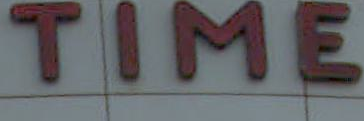
TIME